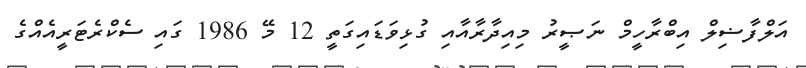
އަލްފާޟިލް އިބްރާހީމް ނަޞީރު މިއިދާރާއާއި ގުޅިވަޑައިގަތީ 12 މޭ 1986 ގައި ސެކްރެޓަރީއެއްގެ